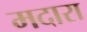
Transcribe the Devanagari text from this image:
मदारा